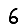
Digit: 6